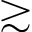
{ \gtrsim }